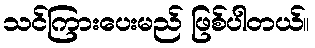
သင်ကြားပေးမည် ဖြစ်ပါတယ်။